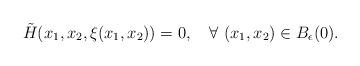
LaTeX: \begin{align*}\tilde{H}(x_1, x_2, \xi(x_1, x_2)) = 0, \ \ \ \forall\ (x_1, x_2)\in B_{\epsilon}(0).\end{align*}